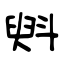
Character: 斞